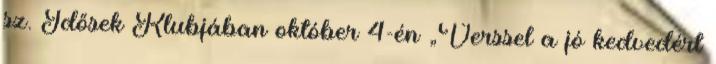
sz. Idősek Klubjában október 4-én „Verssel a jó kedvedért